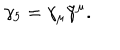
LaTeX: \gamma _ { 5 } = \gamma _ { \mu } \tilde { \gamma } ^ { \mu } .